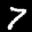
Label: 7